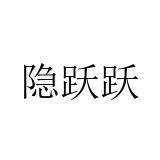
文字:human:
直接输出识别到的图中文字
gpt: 隐跃跃